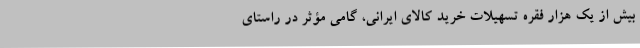
بیش از یک هزار فقره تسهیلات خرید کالای ایرانی، گامی مؤثر در راستای